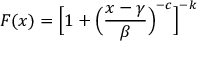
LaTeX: F ( x ) = { \Big [ } 1 + { \Big ( } { \frac { x - \gamma } { \beta } } { \Big ) } ^ { - c } { \Big ] } ^ { - k }